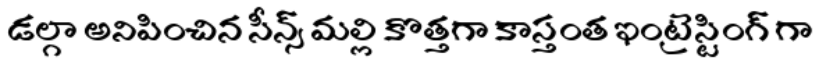
డల్గా అనిపించిన సీన్స్ మల్లి కొత్తగా కాస్తంత ఇంట్రెస్టింగ్ గా